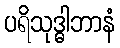
ပရိသုဒ္ဓါဘာနံ